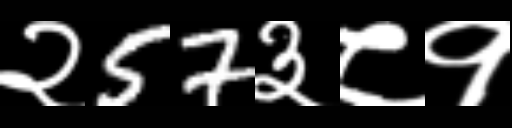
Text: २57३८१